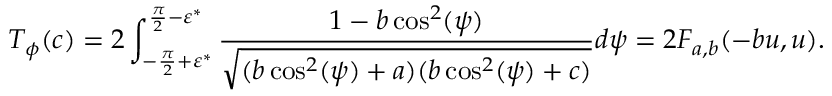
T _ { \phi } ( c ) = 2 \int _ { - \frac { \pi } { 2 } + \varepsilon ^ { * } } ^ { \frac { \pi } { 2 } - \varepsilon ^ { * } } \frac { 1 - b \cos ^ { 2 } ( \psi ) } { \sqrt { ( b \cos ^ { 2 } ( \psi ) + a ) ( b \cos ^ { 2 } ( \psi ) + c ) } } d \psi = 2 F _ { a , b } ( - b u , u ) .